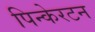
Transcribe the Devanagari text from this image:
पिन्केरटन